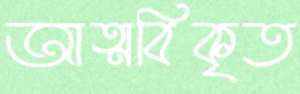
আত্মবিকৃত